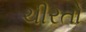
ચીરતો